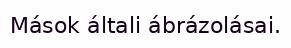
Mások általi ábrázolásai.